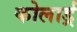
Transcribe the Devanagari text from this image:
कोलार्ड्र